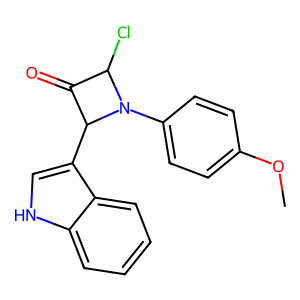
SMILES: COc1ccc(N2C(Cl)C(=O)C2c2c[nH]c3ccccc23)cc1
Inhibits HIV replication: No